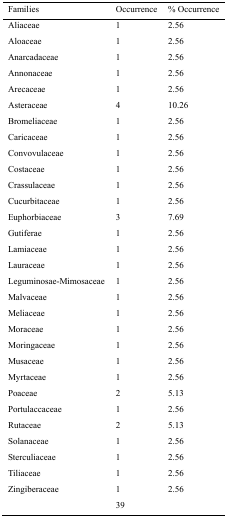
<table><thead><tr><td><b>Families</b></td><td><b>Occurrence</b></td><td><b>% Occurrence</b></td></tr></thead><tbody><tr><td>Aliaceae</td><td>1</td><td>2.56</td></tr><tr><td>Aloaceae</td><td>1</td><td>2.56</td></tr><tr><td>Anarcadaceae</td><td>1</td><td>2.56</td></tr><tr><td>Annonaceae</td><td>1</td><td>2.56</td></tr><tr><td>Arecaceae</td><td>1</td><td>2.56</td></tr><tr><td>Asteraceae</td><td>4</td><td>10.26</td></tr><tr><td>Bromeliaceae</td><td>1</td><td>2.56</td></tr><tr><td>Caricaceae</td><td>1</td><td>2.56</td></tr><tr><td>Convovulaceae</td><td>1</td><td>2.56</td></tr><tr><td>Costaceae</td><td>1</td><td>2.56</td></tr><tr><td>Crassulaceae</td><td>1</td><td>2.56</td></tr><tr><td>Cucurbitaceae</td><td>1</td><td>2.56</td></tr><tr><td>Euphorbiaceae</td><td>3</td><td>7.69</td></tr><tr><td>Gutiferae</td><td>1</td><td>2.56</td></tr><tr><td>Lamiaceae</td><td>1</td><td>2.56</td></tr><tr><td>Lauraceae</td><td>1</td><td>2.56</td></tr><tr><td>Leguminosae-Mimosaceae</td><td>1</td><td>2.56</td></tr><tr><td>Malvaceae</td><td>1</td><td>2.56</td></tr><tr><td>Meliaceae</td><td>1</td><td>2.56</td></tr><tr><td>Moraceae</td><td>1</td><td>2.56</td></tr><tr><td>Moringaceae</td><td>1</td><td>2.56</td></tr><tr><td>Musaceae</td><td>1</td><td>2.56</td></tr><tr><td>Myrtaceae</td><td>1</td><td>2.56</td></tr><tr><td>Poaceae</td><td>2</td><td>5.13</td></tr><tr><td>Portulaccaceae</td><td>1</td><td>2.56</td></tr><tr><td>Rutaceae</td><td>2</td><td>5.13</td></tr><tr><td>Solanaceae</td><td>1</td><td>2.56</td></tr><tr><td>Sterculiaceae</td><td>1</td><td>2.56</td></tr><tr><td>Tiliaceae</td><td>1</td><td>2.56</td></tr><tr><td>Zingiberaceae</td><td>1</td><td>2.56</td></tr><tr><td></td><td>39</td><td></td></tr></tbody></table>